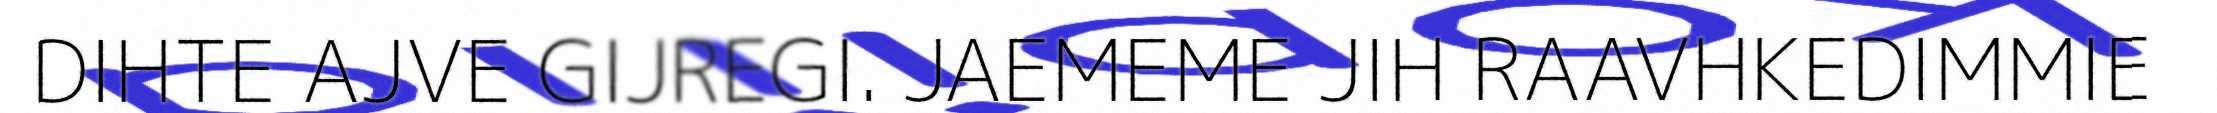
DIHTE AJVE GIJREGI. JAEMEME JIH RAAVHKEDIMMIE